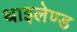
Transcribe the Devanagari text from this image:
थाइलेण्ड